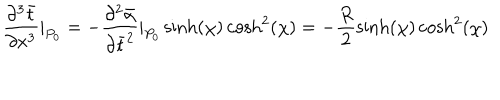
\frac { \partial ^ { 3 } \bar { t } } { \partial x ^ { 3 } } | _ { P _ { 0 } } = - \frac { \partial ^ { 2 } \bar { \alpha } } { \partial \bar { t } ^ { 2 } } | _ { P _ { 0 } } \sinh ( \chi ) \cosh ^ { 2 } ( \chi ) = - \frac { R } { 2 } \sinh ( \chi ) \cosh ^ { 2 } ( \chi )